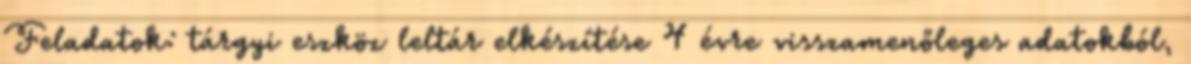
Feladatok: tárgyi eszköz leltár elkészítése 4 évre visszamenőleges adatokból,